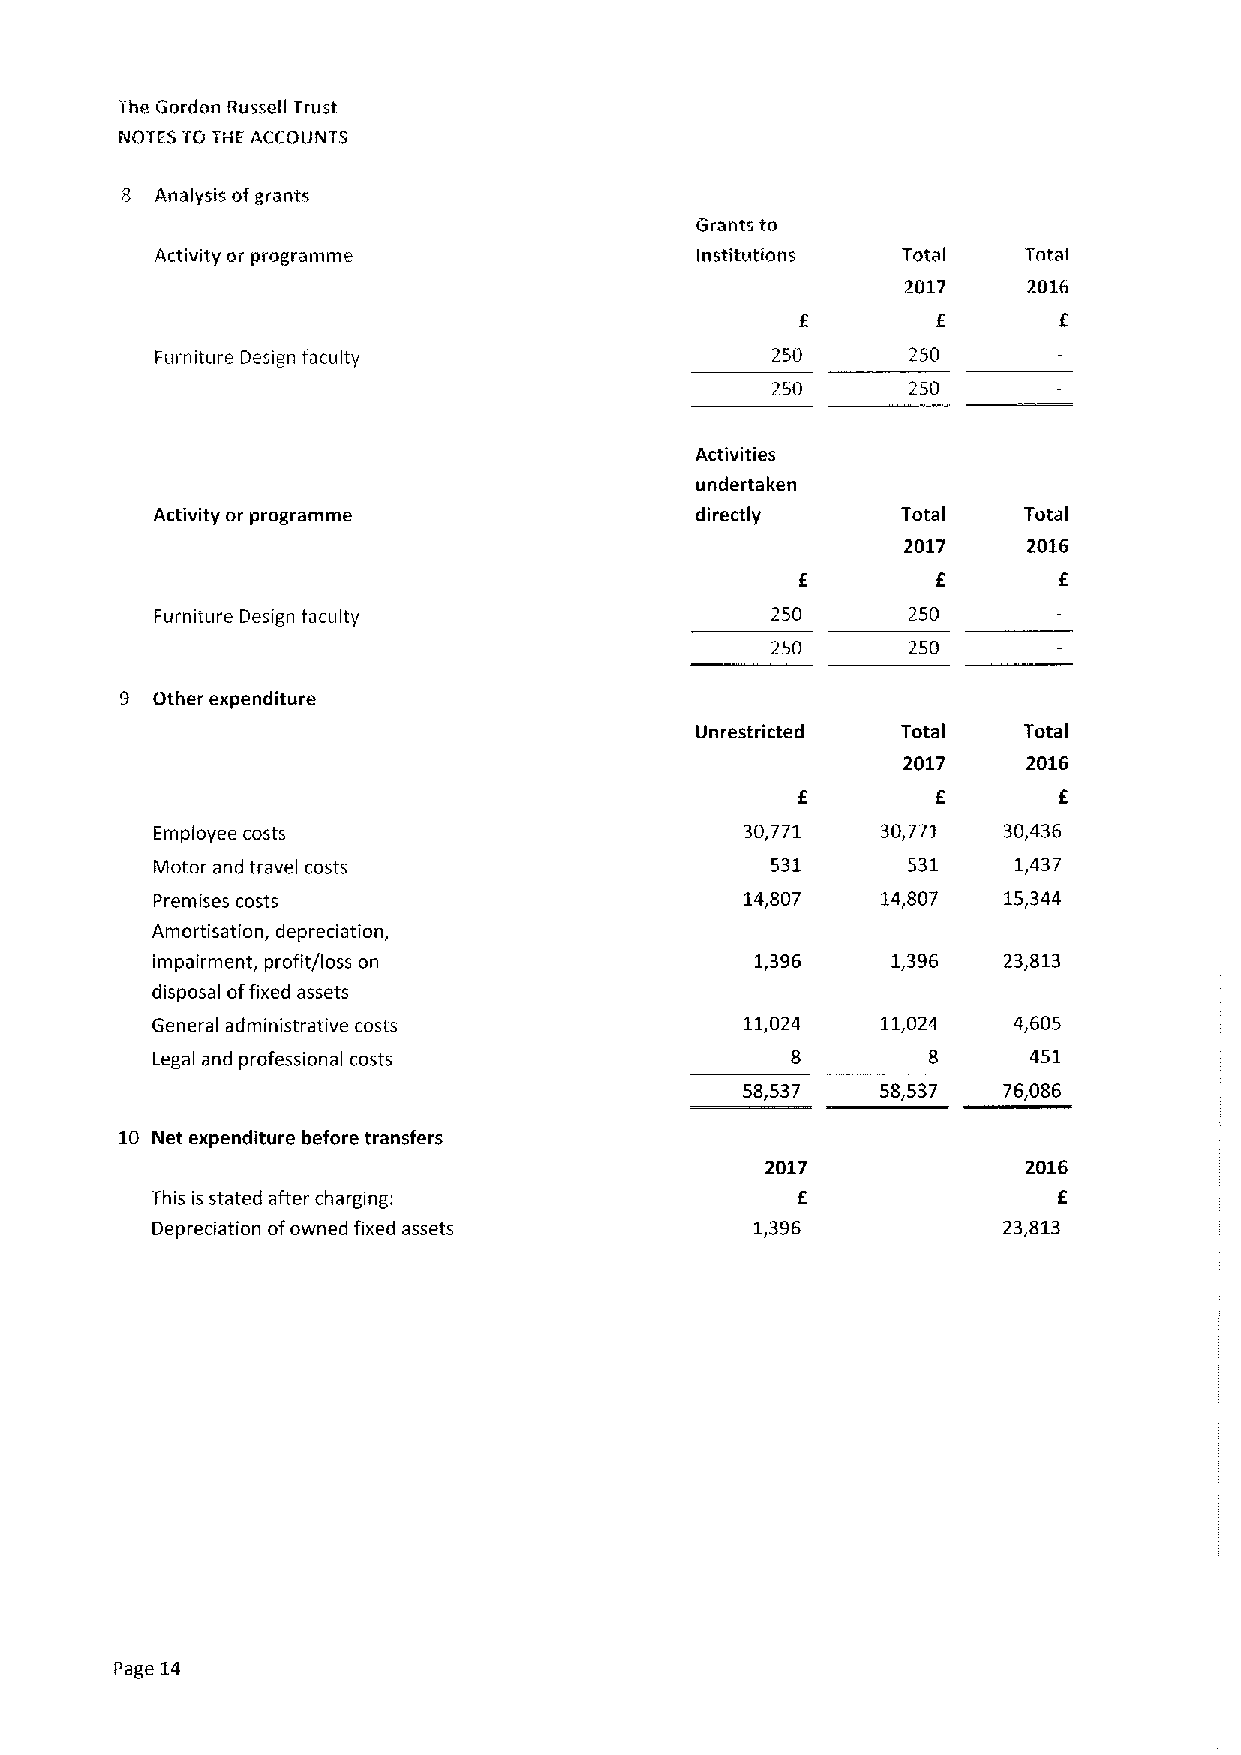
The Gordon ttussell Trust
 NOTES TO THE ACCOUNTS
 8 Analysis ofgrants
 Grants to
 Activity or programme               institutions  Tota    Terai
 I
 2017    2016
 Furniture Design faculty                 250      250
 250      250
 Activities
 undertaken
 Activity or programme               directly      Total   Total
 2017    2016
 Furniture Design faculty                 250      250
 250      250
 9 Other expenditure
 Unrestricted  Tota    Total
 I
 2017    2016
 Employee costs                         30,771   30,771  30,436
 Motor and travel costs                   531      531    1,437
 Premises costs                         14,807   14,807  15,344
 Amortisation, depreciation,
 impairment, profit/loss on              1,396    1,396  23,813
 disposal offixed assets
 General administrative costs           11,024   11,024   4,605
 Legal and professional costs                              451
 58,537   58,537  76,086
 10 Net expenditure before transfers
 2017             2016
 This is stated after charging:             E                E
 Depreciation ofowned fixed assets       1,396           23,813
 Page 14